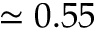
\simeq 0 . 5 5